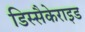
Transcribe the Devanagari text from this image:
डिस्सैकेराइड